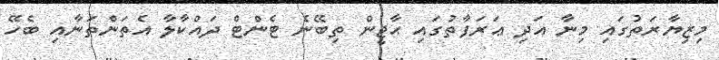
މިޒިޔާރަތުގައި މިނާ އަދި ޢަރަފާތުގައި ޙާޖީން ތިބޭނެ ޓެންޓް ދައްކާލާ އެތަންތަނާއި ބެހޭ